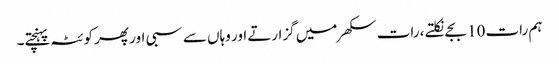
ہم رات 10 بجے نکلتے ، رات سکھر میں گزارتے اور وہاں سے سبی اور پھر کوئٹہ پہنچتے۔